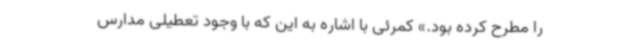
را مطرح کرده بود.» کمر‌ئی با اشاره به این که با وجود تعطیلی مدارس